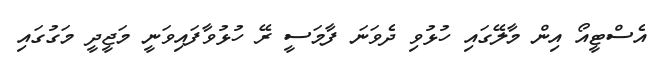
އެސްޓީއޯ އިން މާލޭގައި ހުޅުވި ދެވަނަ ފާމަސީ ރޭ ހުޅުވާފައިވަނީ މަޖީދީ މަގުގައި